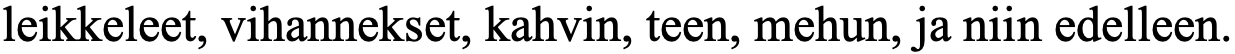
leikkeleet, vihannekset, kahvin, teen, mehun, ja niin edelleen.